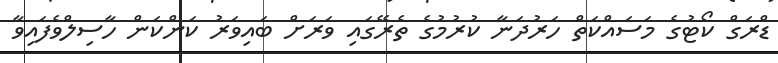
ޑްރަގް ކޯޓުގެ މަސައްކަތް ހަރުދަނާ ކުރުމުގެ ތެރޭގައި ވަރަށް ބައިވަރު ކަންކަން ހާސިލްވެފައިވާ